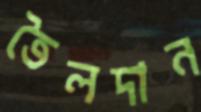
তৈলদান